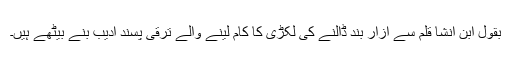
بقول ابن انشا قلم سے ازار بند ڈالنے کی لکڑی کا کام لینے والے ترقی پسند ادیب بنے بیٹھے ہیں۔